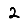
Digit: 2